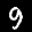
Label: 9